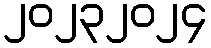
၂၀၂၃၂၀၂၄